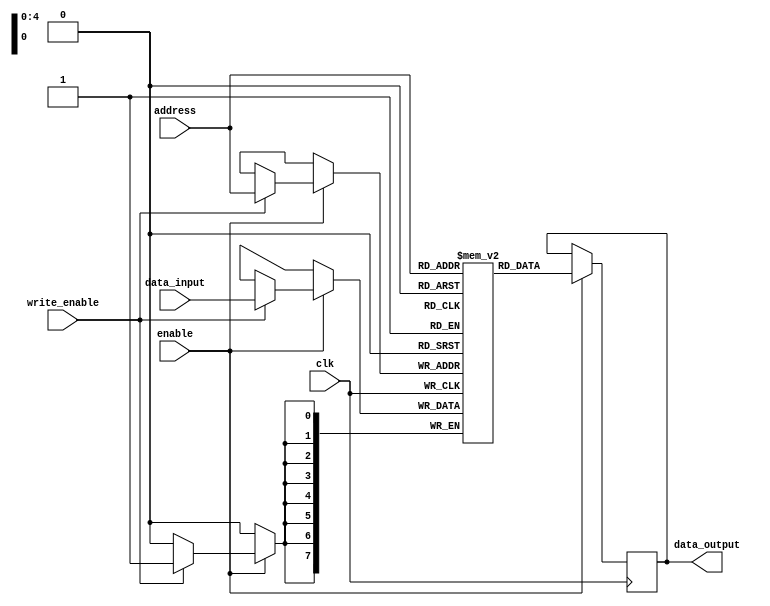
module eprom (
    input wire clk,
    input wire [4:0] address,
    input wire enable,
    input wire write_enable,
    input wire [7:0] data_input,
    output reg [7:0] data_output
);

reg [7:0] memory [31:0]; // 32x8 memory array

always @(posedge clk) begin
    if (enable) begin
        if (write_enable) begin
            memory[address] <= data_input;
        end
        data_output <= memory[address];
    end
end

endmodule